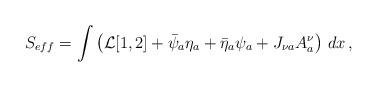
LaTeX: \begin{align*}S_{eff} = \int \left( {\cal L}[1,2] + \bar{\psi}_a \eta_a + \bar{\eta}_a \psi_a + J_{\nu a} A^\nu_a \right) \, d x \, ,\end{align*}